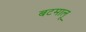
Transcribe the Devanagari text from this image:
बटमालू